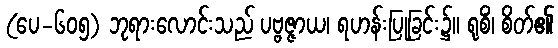
(ပေ-၆၀၅) ဘုရားလောင်းသည် ပဗ္ဗဇ္ဇာယ၊ ရဟန်းပြုခြင်း၌။ ရုစိံ၊ စိတ်၏